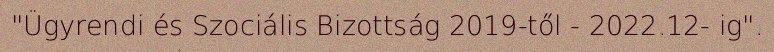
"Ügyrendi és Szociális Bizottság 2019-től - 2022.12- ig".